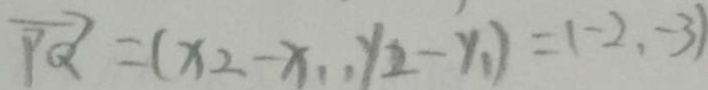
\overrightarrow { P Q } = ( x _ { 2 } - x _ { 1 } , y _ { 2 } - y _ { 1 } ) = ( - 2 , - 3 )